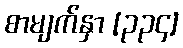
စာမျက်နှာ [၃၃၄]